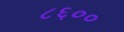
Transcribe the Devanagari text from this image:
८६००